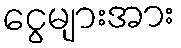
ငွေများအား